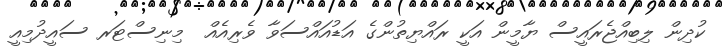
ކުދިން ލިބިއްޖެރައީސް ޔާމީން އަކީ ރައްޔިތުންގެ އަޑުއައްސަވާ ވެރިއެއް  މިނިސްޓަރ ސައީދުމިއީ